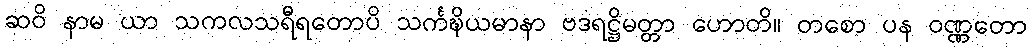
ဆဝိ နာမ ယာ သကလသရီရတောပိ သင်္ကဍ္ဎိယမာနာ ဗဒရဋ္ဌိမတ္တာ ဟောတိ။ တစော ပန ဝဏ္ဏတော